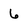
Character: 6